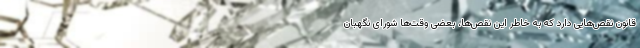
قانون نقص‌هایی دارد که به خاطر این نقص‌ها، بعضی وقت‌ها شورای نگهبان